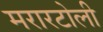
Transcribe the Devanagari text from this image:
मरारटोली